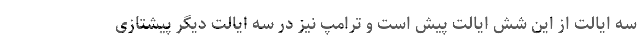
سه ایالت از این شش ایالت پیش است و ترامپ نیز در سه ایالت دیگر پیشتازی